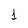
Character: 1